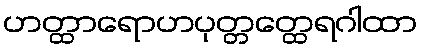
ဟတ္ထာရောဟပုတ္တတ္ထေရဂါထာ